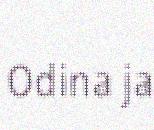
Odina ja